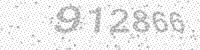
Solution: 912866